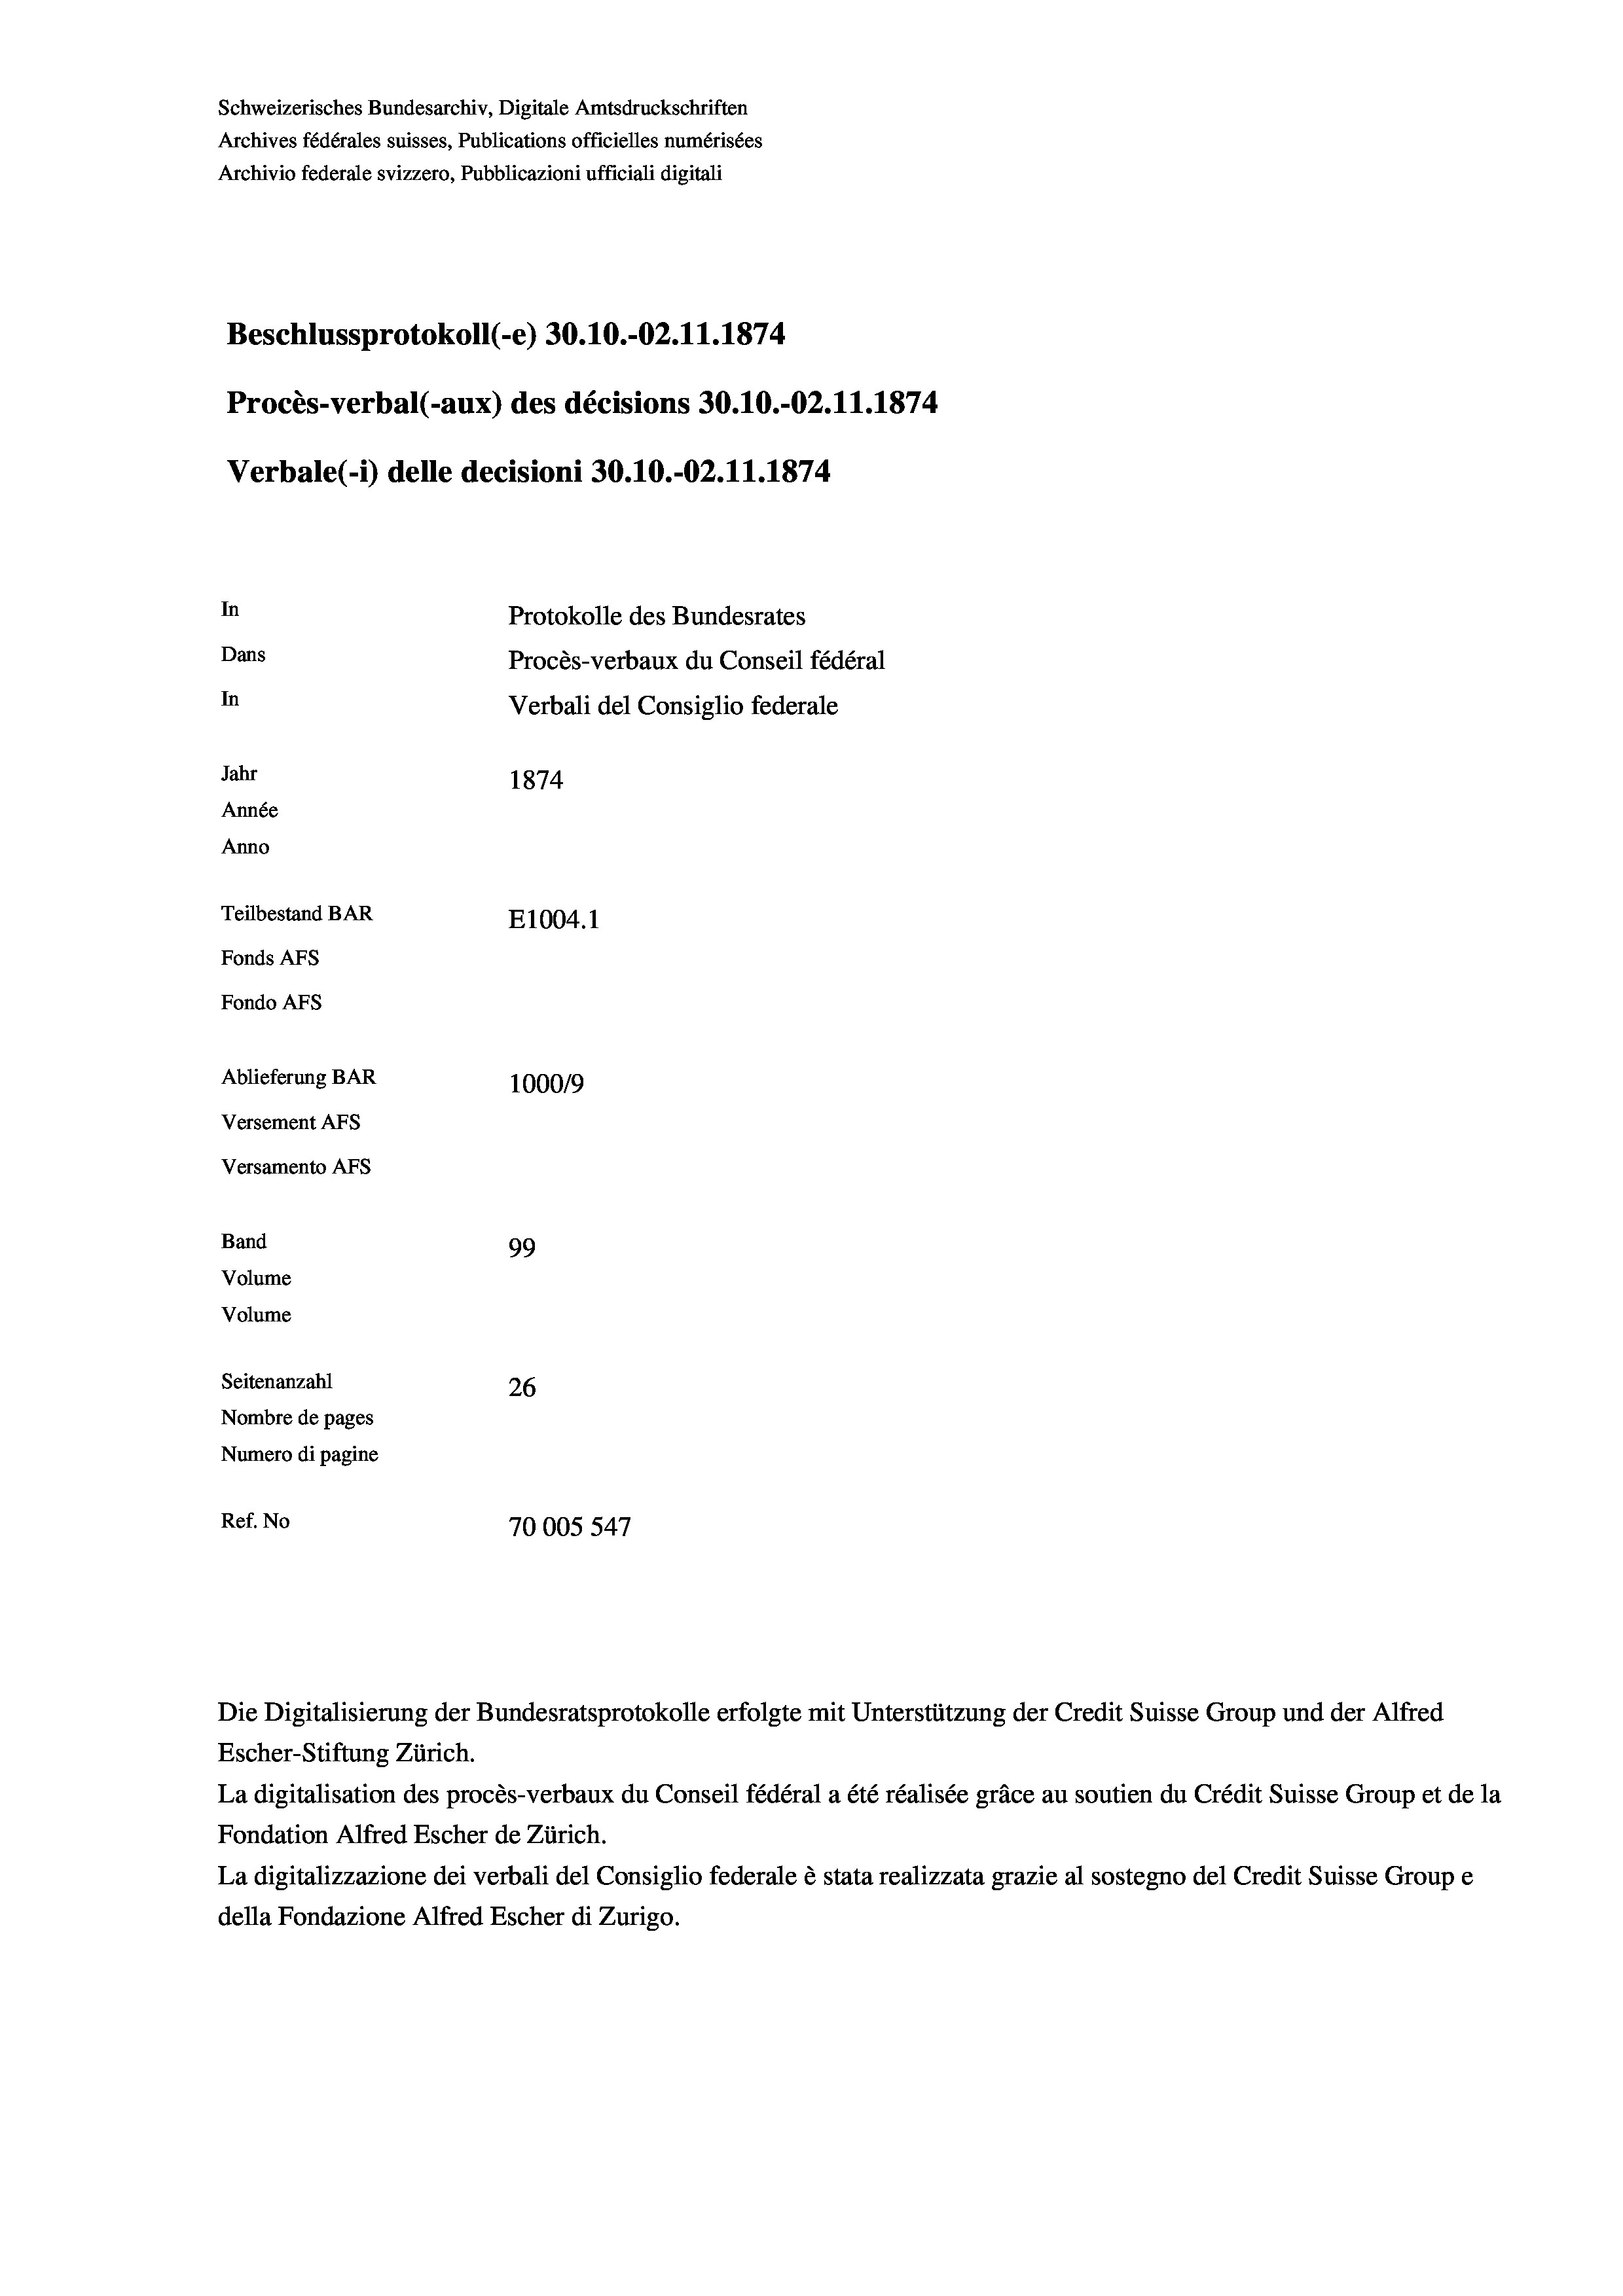
Schweizerisches Bundesarchiv, Digitale Amtsdruckschriften
Archives fédérales suisses, Publications officielles numérisées
Archivio federale svizzero, Pubblicazioni ufficiali digitali
Beschlussprotokoll (-e) 30.10.-02. 11. 1874
Procès-verbal (-aux) des décisions 30.10.-O2.11.1874
Verbale(-*) delle decisioni 30.10.-O2.11.1874
In
Protokolle des Bundesrates
Dans
Procès-verbaux du Conseil fédéral
In
Verbali del Consiglio federale
Jahr
1874
Année
Anno
Teilbestand BAR
E1004. 1
Fonds AFs
Fondo AFs
Ablieferung BAR
100019
Versement AFs
Versamento Afs
Band
99
Volume
Volume

Seitenanzahl
26
Nombre de pages
Numero di pagine
Ref. No
70005547

Die Digitalisierung der Bundesratsprotokolle erfolgte mit Unterstützung der Credit Suisse Group und der Alfred
Escher-Stiftung Zürich.
La digitalisation des procès-verbaux du Conseil fédéral a été réalisée gräce au soutien du Crédit Suisse Group et de la
Fondation Alfred Escher de Zürich.
La digitalizzazione dei verbali del Consiglio federale è stata realizzata grazie al sostegno del Credit Suisse Groupe
della Fondazione Alfred Escher di Zurigo.